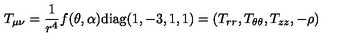
T _ { \mu \nu } = \frac { 1 } { r ^ { 4 } } f ( \theta , \alpha ) \mathrm { d i a g } ( 1 , - 3 , 1 , 1 ) = ( T _ { r r } , T _ { \theta \theta } , T _ { z z } , - \rho )